65_HS1-834228961_62-HQ-83894_SUB_A
Agency: FBI
Page 41
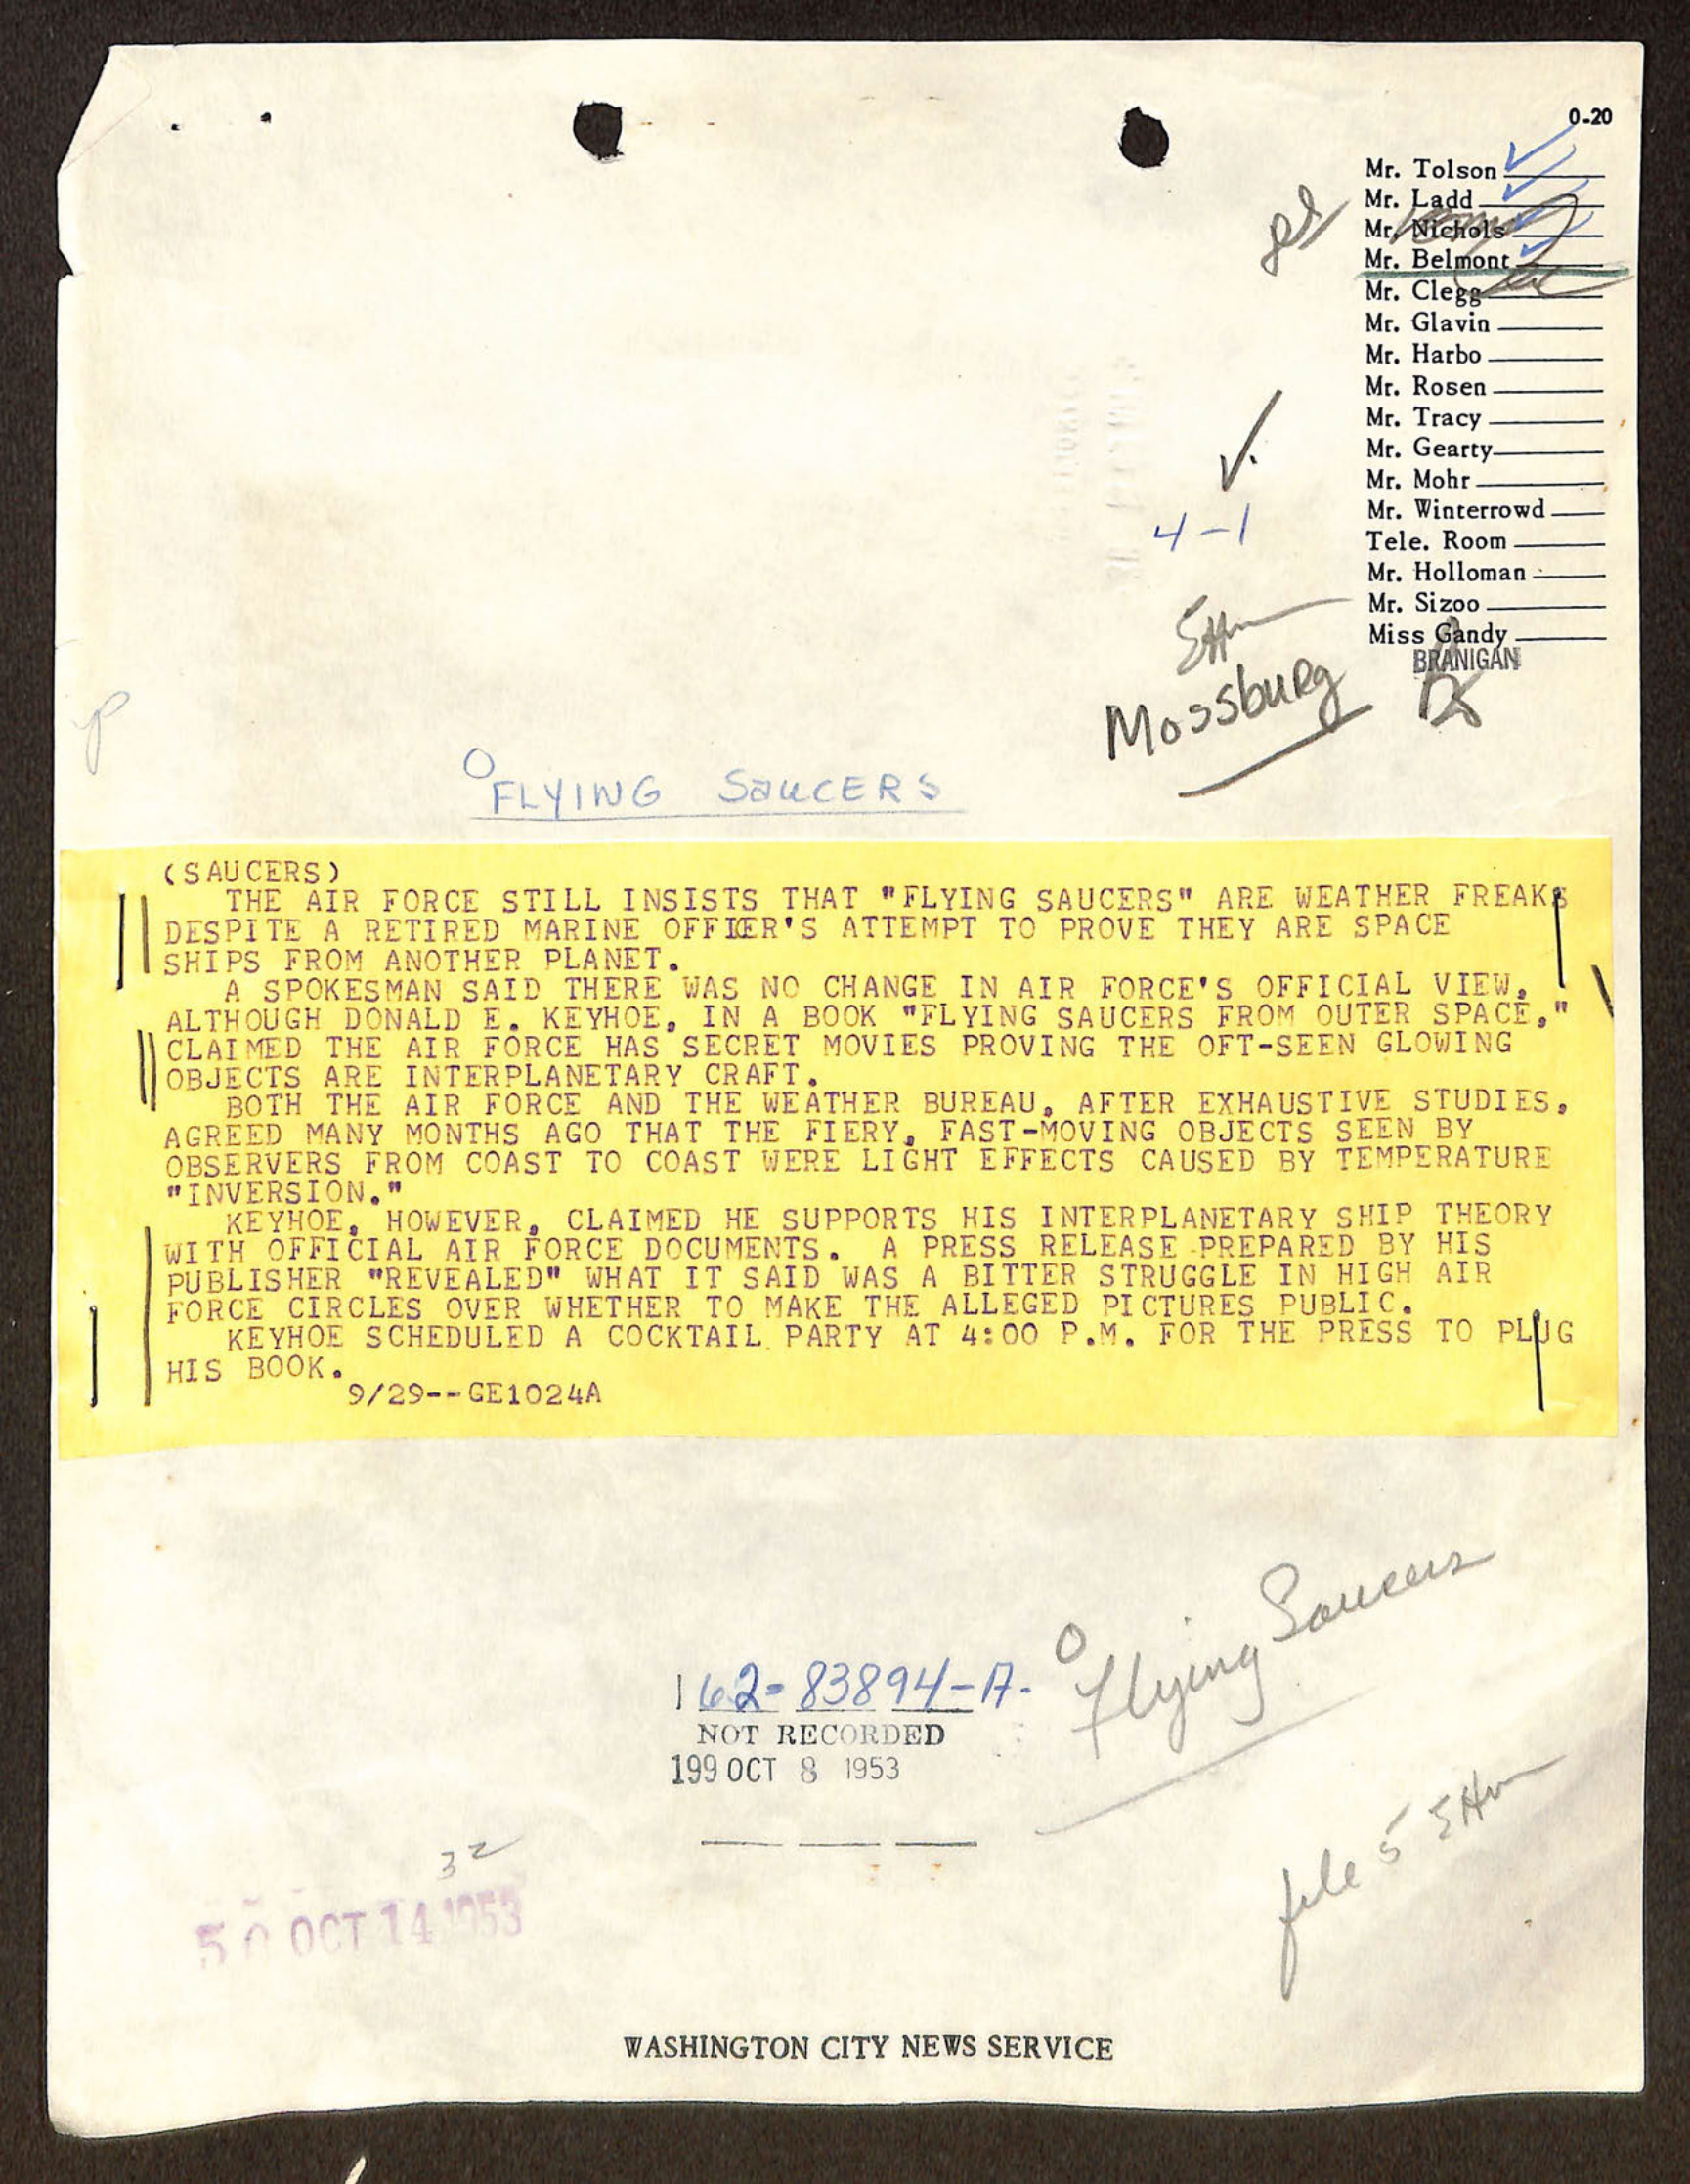